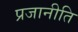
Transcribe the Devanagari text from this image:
प्रजानीति